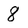
Character: 8